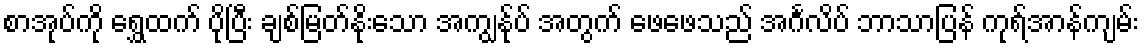
စာအုပ်ကို ရွှေထက် ပိုပြီး ချစ်မြတ်နိုးသော အကျွန်ုပ် အတွက် ဖေဖေသည် အင်္ဂလိပ် ဘာသာပြန် ကုရ်အာန်ကျမ်း